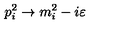
p _ { i } ^ { 2 } \rightarrow m _ { i } ^ { 2 } - i \varepsilon